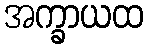
အက္ခာယထ